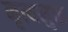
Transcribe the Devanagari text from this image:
नृत्यमुक्त